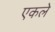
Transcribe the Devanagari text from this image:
एकले